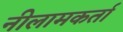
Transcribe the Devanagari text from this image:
नीलामकर्ता